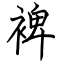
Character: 裨